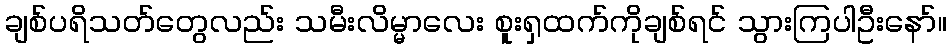
ချစ်ပရိသတ်တွေလည်း သမီးလိမ္မာလေး စူးရှထက်ကိုချစ်ရင် သွားကြပါဦးနော်။